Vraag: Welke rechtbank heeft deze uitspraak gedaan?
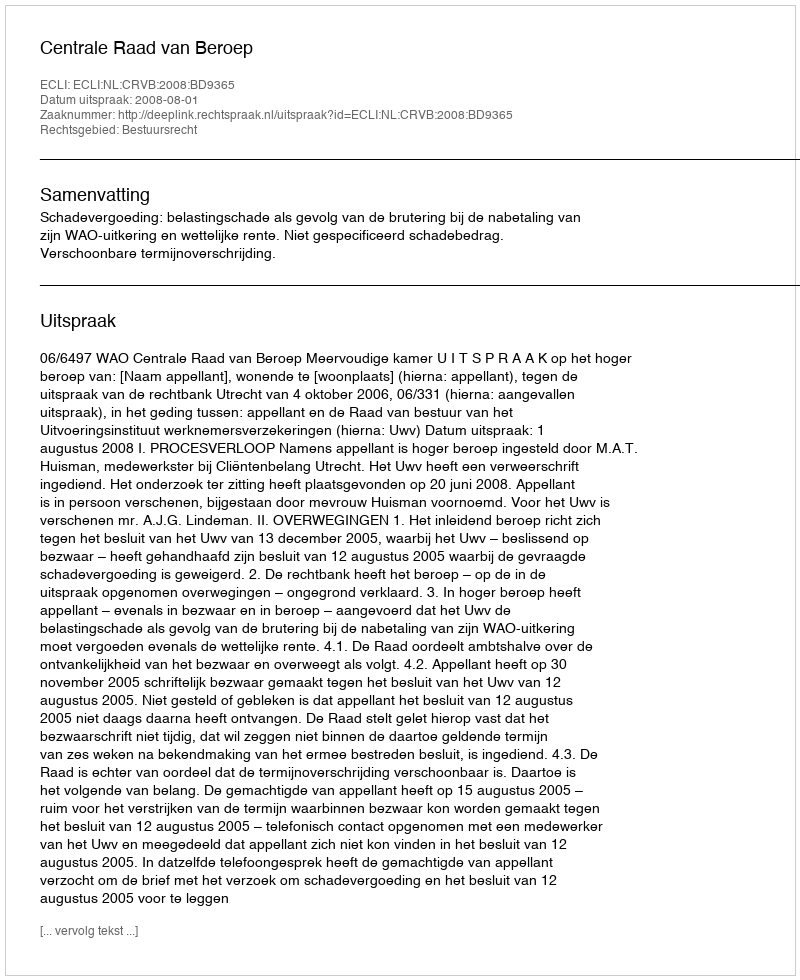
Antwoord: Centrale Raad van Beroep